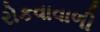
રોકવાવાળી